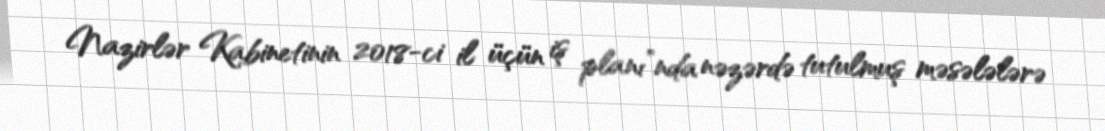
Nazirlər Kabinetinin 2018-ci il üçün iş planı”nda nəzərdə tutulmuş məsələlərə